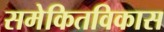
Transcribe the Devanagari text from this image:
समेकितविकास